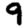
Digit: 9